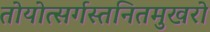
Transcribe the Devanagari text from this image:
तोयोत्सर्गस्तनितमुखरो